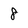
Character: 8